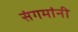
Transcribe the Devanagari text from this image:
संगमांनी